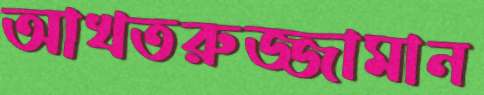
আখতরুজ্জামান